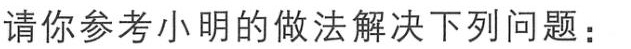
请你参考小明的做法解决下列问题：